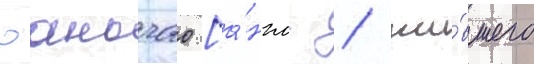
юаньчао [а́нгл. / жи́вшего